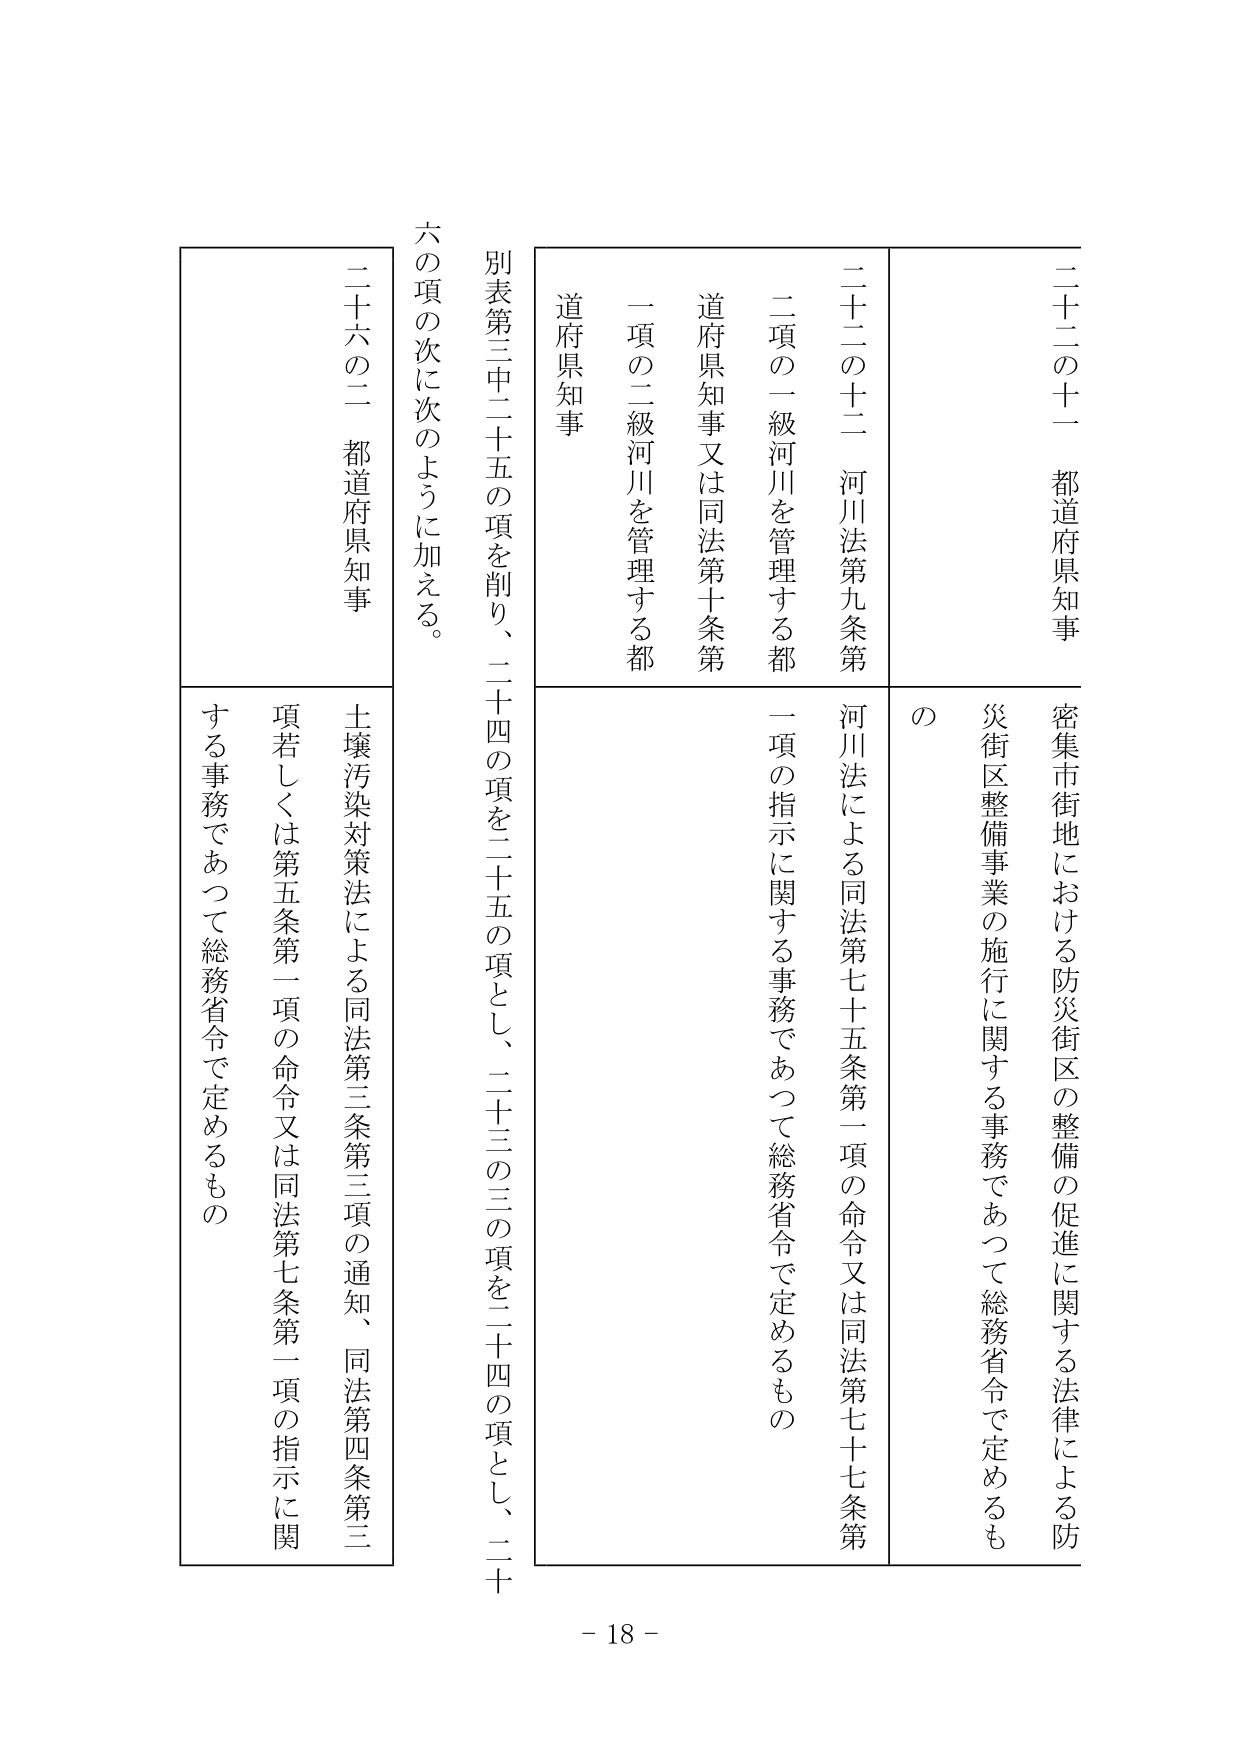
二十二の十一 都道府県知事
密集市街地における防災街区の整備の促進に関する法律による防災街区整備事業の施行に関する事務であつて総務省令で定めるもの

二十二の十二 河川法第九条第二項の一級河川を管理する都道府県知事又は同法第十条第一項の二級河川を管理する都道府県知事
河川法による同法第七十五条第一項の命令又は同法第七十七条第一項の指示に関する事務であつて総務省令で定めるもの

別表第三中二十五の項を削り、二十四の項を二十五の項とし、二十三の三の項を二十四の項とし、二十の項の次に次のように加える。

二十六の二 都道府県知事
土壌汚染対策法による同法第三条第三項の通知、同法第四条第三項若しくは第五条第一項の命令又は同法第七条第一項の指示に関する事務であつて総務省令で定めるもの

- 18 -